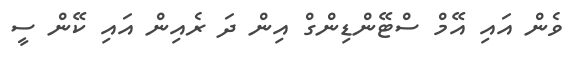
ވެން އައި އޭމް ސްޓޭންޑިންގް އިން ދަ ރެއިން އައި ކޭން ސީ